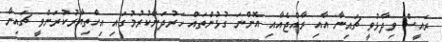
ރައީސް ވިދާޅުވީ ޗައިނާ އާއި ރާއްޖެއާއި އޮންނަ ގުޅުންތައް ހަރުދަނާކުރުމުގައި އިހްތިޔާރުކުރަންވީ ޗައިނާ